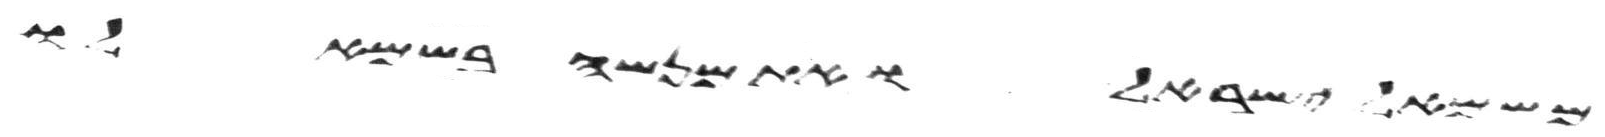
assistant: משמאל ישראל ואת מנשה בשמאלו